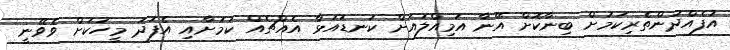
އުފެއްދުންތެރިކަމަށް ބިނާކޮށް އޭނާ އަމިއްލައަށް ކަނޑައަޅާ އެއްޗެއް ކަމަށާއި އެފަދަ މީހަކަށް ވެވޭނީ